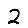
Digit: 2